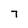
Character: 7